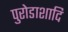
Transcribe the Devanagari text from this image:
पुरोडाशादि